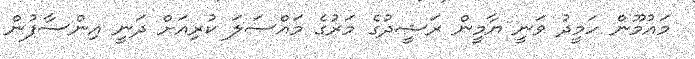
މައުމޫން ހަމީދު ވަނީ ޔާމީން ރަޝީދުގެ މަރުގެ މައްސަލަ ކުރިއަށް ދަނީ އިންސާފުން